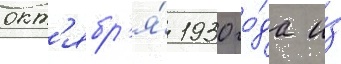
окт'ябр'я́ 1930 го́да и́з